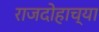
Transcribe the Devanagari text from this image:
राजदोहाच्या